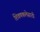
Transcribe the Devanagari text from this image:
शिवणकलेसाठी